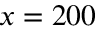
x = 2 0 0